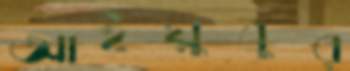
আইয়ুবুর